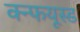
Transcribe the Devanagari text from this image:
क्न्फयूस्ड